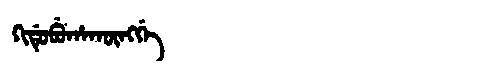
Manchu: ᡴᡳᡩᡠᠪᡠᡥᠠᡴᡡᠩᡤᡝ
Romanization: KIDUBUHAKŪNGGE